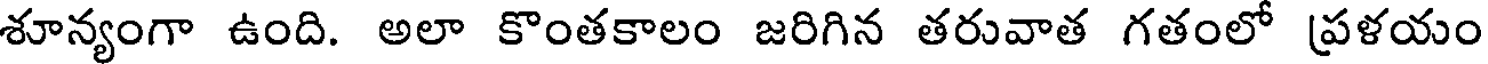
శూన్యంగా ఉంది. అలా కొంతకాలం జరిగిన తరువాత గతంలో ప్రళయం